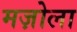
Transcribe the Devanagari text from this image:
मज़ोला